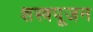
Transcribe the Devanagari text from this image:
शस्त्रपूजन